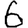
Digit: 6